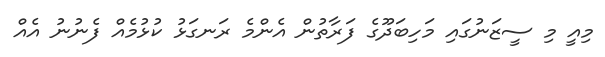
މިއީ މި ސީޒަނުގައި މަހިބަދޫގެ ފަރާތުން އެންމެ ރަނގަޅު ކުޅުމެއް ފެނުނު އެއް